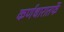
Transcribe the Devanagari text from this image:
कर्णधारातर्फे